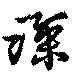
深